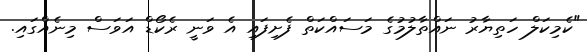
"ކެމިކަލް ހަތިޔާރު ނައްތާލުމުގެ މަސައްކަތް ފެށިފައި އެ ވަނީ ރެކޯޑް އަވަސް މިނެއްގައި.